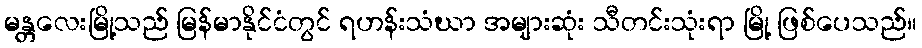
မန္တလေးမြို့သည် မြန်မာနိုင်ငံတွင် ရဟန်းသံဃာ အများဆုံး သီတင်းသုံးရာ မြို့ ဖြစ်ပေသည်။